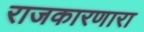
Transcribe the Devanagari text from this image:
राजकारणारा